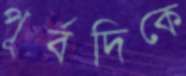
পূর্বদিকে